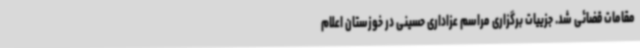
مقامات قضائی شد. جزییات برگزاری مراسم عزاداری حسینی در خوزستان اعلام